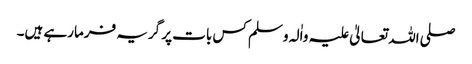
صلی اللہ تعالیٰ علیہ واٰلہ وسلم کس بات پر گریہ فرمارہے ہیں۔